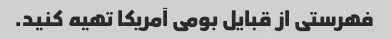
فهرستی از قبایل بومی آمریکا تهیه کنید.